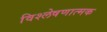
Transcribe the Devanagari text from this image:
विश्‍लेषणात्‍मक